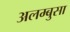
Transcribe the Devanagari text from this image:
अलम्बुसा